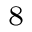
_ 8